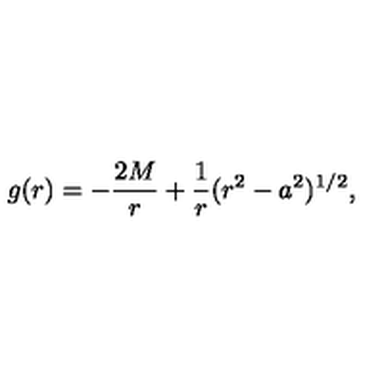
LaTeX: g ( r ) = - { \frac { 2 M } { r } } + { \frac { 1 } { r } } ( r ^ { 2 } - a ^ { 2 } ) ^ { 1 / 2 } ,